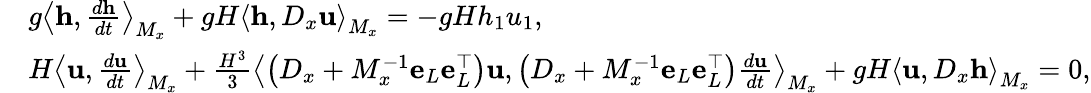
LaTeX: \begin{array}{rl}&{g\left\langle\mathbf{h},\frac{d\mathbf{h}}{dt}\right\rangle_{M_{x}}+gH\left\langle\mathbf{h},D_{x}\mathbf{u}\right\rangle_{M_{x}}=-gHh_{1}u_{1},}\\ &{H\left\langle\mathbf{u},\frac{d\mathbf{u}}{dt}\right\rangle_{M_{x}}+\frac{H^{3}}{3}\left\langle\left(D_{x}+M_{x}^{-1}\mathbf{e}_{L}\mathbf{e}_{L}^{\top}\right)\mathbf{u},\left(D_{x}+M_{x}^{-1}\mathbf{e}_{L}\mathbf{e}_{L}^{\top}\right)\frac{d\mathbf{u}}{dt}\right\rangle_{M_{x}}+gH\left\langle\mathbf{u},D_{x}\mathbf{h}\right\rangle_{M_{x}}=0,}\end{array}